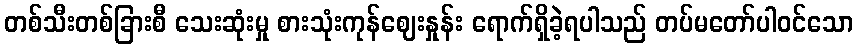
တစ်သီးတစ်ခြားစီ သေးဆုံးမှု စားသုံးကုန်ဈေးနှုန်း ရောက်ရှိခဲ့ရပါသည် တပ်မတော်ပါဝင်သော